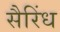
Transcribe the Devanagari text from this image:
सैरिंध